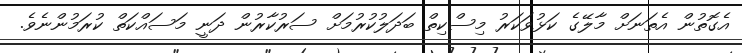
އެގޮތުން އެތަނަށް މާލޭގެ ކަޅުވަކަރު މިސްކިތް ބަދަލުކުރުމަށް ސަރުކާރުން ދަނީ މަސައްކަތް ކުރަމުންނެވެ.